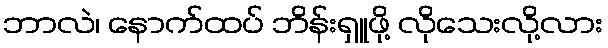
ဘာလဲ၊ နောက်ထပ် ဘိန်းရှူဖို့ လိုသေးလို့လား